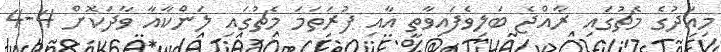
މިއަދުގެ މެޗުގައި ރާއްޖެ ބަލިވެފައިވާތީ އާއި ފުރަތަމަ މެޗުގައި ލަންކާއާ ވާދަކޮށް 4-4